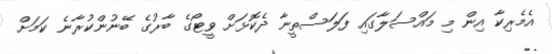
އެމެރިކާ އިން މި މައްސަލާގައި ފަލަސްތީނާ ދެކޮޅަށް ވީޓޯގެ ބާރުގެ ބޭނުންކުރާނެ ކަމަށް